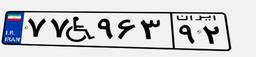
۷۷W۹۶۳۹۲